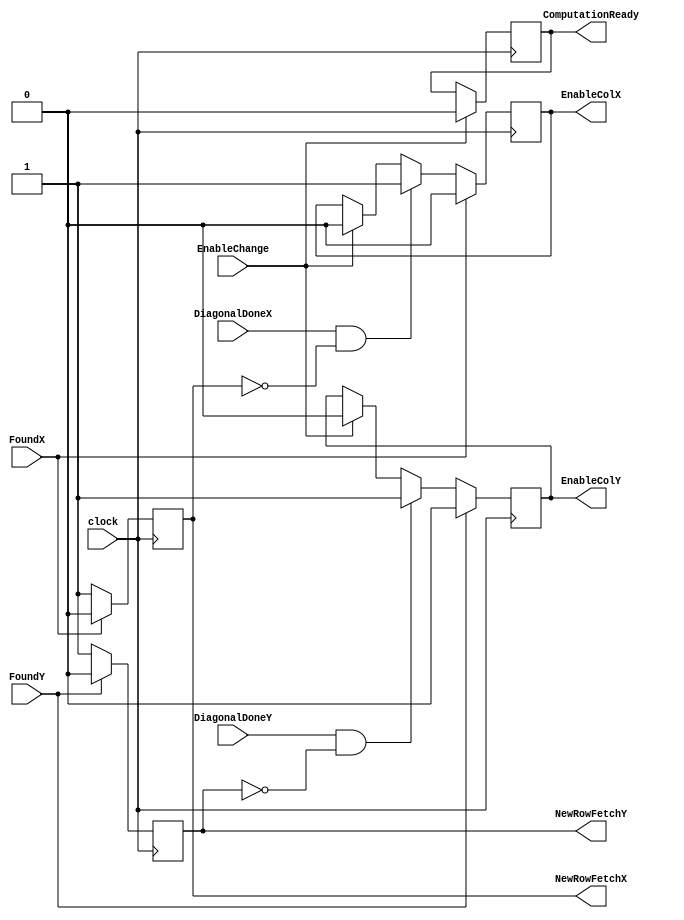
module controller (clock, EnableChange, DiagonalDoneX, DiagonalDoneY, NewRowFetchX, NewRowFetchY, ComputationReady, FoundX, FoundY, EnableColX, EnableColY);

input clock;
input EnableChange;
//input ChangeOccured;
input FoundX;
input FoundY;
input DiagonalDoneX;
input DiagonalDoneY;

output NewRowFetchX;
output NewRowFetchY;
output ComputationReady;
output EnableColX;
output EnableColY;

//reg NewRowFetchX;
reg NewRowCheck;
reg ComputationReady;
reg NewRowFetchX;
reg NewRowFetchY;
reg EnableColX;
reg EnableColY;

always@(posedge clock)
begin
	if (EnableChange == 1'b1)
	begin
		EnableColX <= 1'b0;
		EnableColY <= 1'b0;
		NewRowFetchX <= 1'b0;
		NewRowFetchY <= 1'b0;
		ComputationReady <= 1'b0;
	end
	//if (ChangeOccured == 1'b1)
	//	NewRowFetch <= 1'b1;
	
	if (DiagonalDoneX == 1'b1 && NewRowFetchX == 1'b0)
	begin
		EnableColX <= 1'b1;
	end	
	
	if (FoundX == 1'b0)
	begin
		NewRowFetchX <= 1'b1;
	end
	
	else if (FoundX == 1'b1 )
	begin
		EnableColX <= 1'b0;
		NewRowFetchX <= 1'b0;
	end
/************************************************************************/	
	if (DiagonalDoneY == 1'b1 && NewRowFetchY == 1'b0)
	begin
		EnableColY <= 1'b1;
	end	
	
	if (FoundY == 1'b0)
	begin
		NewRowFetchY <= 1'b1;
	end
	
	else if (FoundY == 1'b1 )
	begin
		EnableColY <= 1'b0;
		NewRowFetchY <= 1'b0;
	end
	


end

endmodule